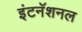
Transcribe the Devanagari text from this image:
इंटनॅशनल